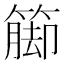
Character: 𮆁